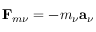
\mathbf { F } _ { m \nu } = - m _ { \nu } \mathbf { a } _ { \nu }